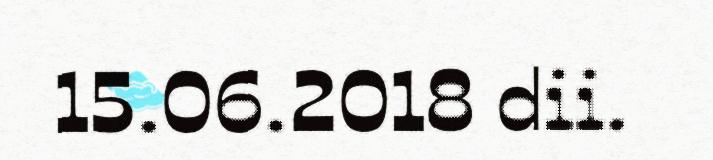
15.06.2018 dii.